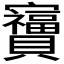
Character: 𫴩